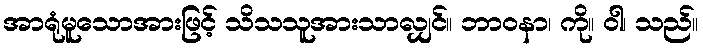
အာရုံမူသောအားဖြင့် သိသသူအားသာလျှင်။ ဘာဝနာ၊ ကို။ ဝါ၊ သည်။